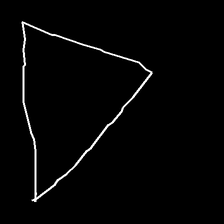
Glyph: convergence